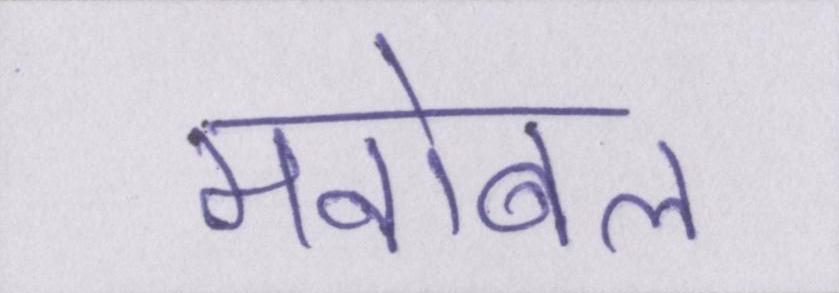
मनोबल